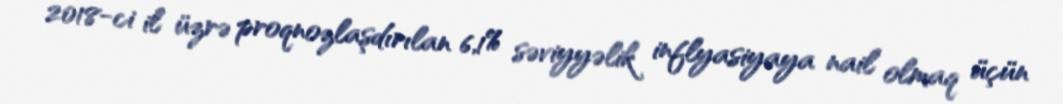
2018-ci il üzrə proqnozlaşdırılan 6,1% səviyyəlik inflyasiyaya nail olmaq üçün